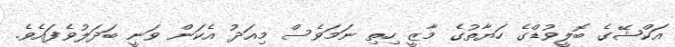
އަކްޝޭގެ ބޮލީވުޑްގެ ހަޔާތުގެ މާޒީ ހިތި ނަމަވެސް މިއަދު އެކަން ވަނީ ބަދަލުވެފައެވެ.